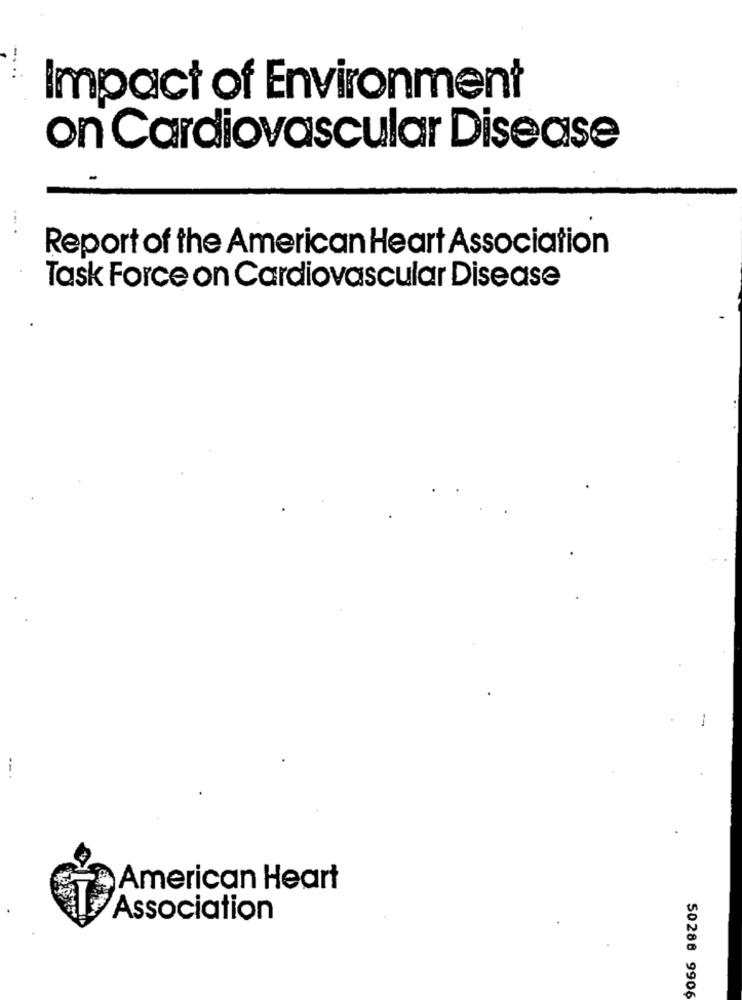
Impact of Environment
on Cardiovascular Disease
Report of the American Heart Association
Task Force on Cardiovascular Disease
--
American Heart
T
Association
50288 9906